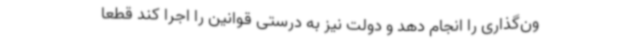
ون‌گذاری را انجام دهد و دولت نیز به درستی قوانین را اجرا کند قطعا